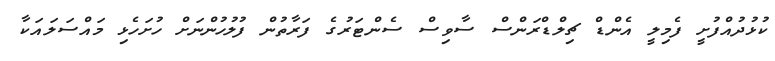
ކުޅުދުއްފުށީ ފެމިލީ އެންޑް ޗިލްޑްރަންސް ސާވިސް ސެންޓަރުގެ ފަރާތުން ފުލުހުންނަށް ހުށަހެޅި މައްސަލައަކާ